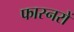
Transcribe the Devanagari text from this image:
फास्नरों